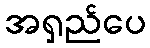
အရှည်ပေ